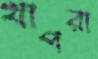
খাপরা